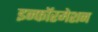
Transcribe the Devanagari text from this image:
इन्फॉरमेशन